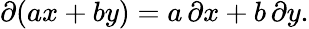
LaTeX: \partial(ax+by)=a\, \partial x+b\, \partial y.